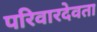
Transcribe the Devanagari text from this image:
परिवारदेवता